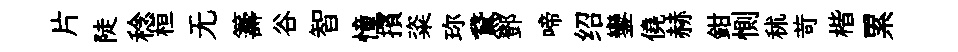
片陡稔桓无籌谷智憧擯粢珎鵞鄧啼绍鑾僥赫鉗惻秫苛楷累